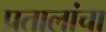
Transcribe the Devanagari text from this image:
प्रतालांचा